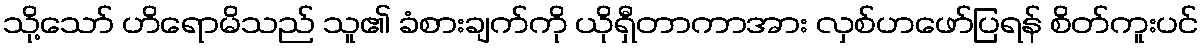
သို့သော် ဟိရောမိသည် သူ၏ ခံစားချက်ကို ယိုရှီတာကာအား လှစ်ဟဖော်ပြရန် စိတ်ကူးပင်